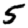
Digit: 5